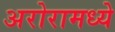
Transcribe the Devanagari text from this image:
अरोरामध्ये